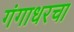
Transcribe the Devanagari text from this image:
गंगाधरचा